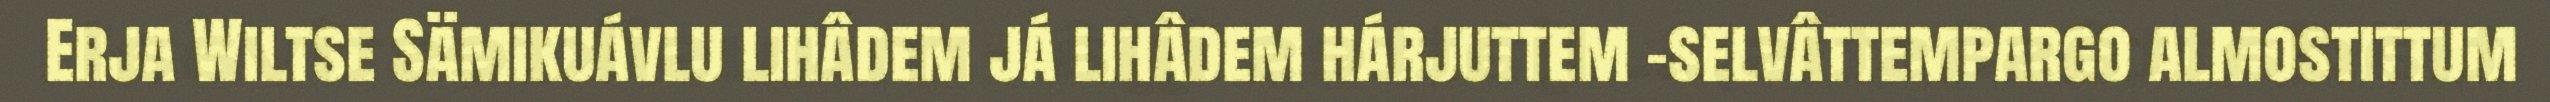
Erja Wiltse Sämikuávlu lihâdem já lihâdem hárjuttem -selvâttempargo almostittum